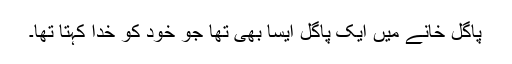
پاگل خانے میں ایک پاگل ایسا بھی تھا جو خود کو خدا کہتا تھا۔